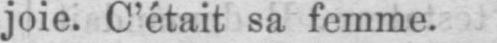
joie. C’était sa femme.